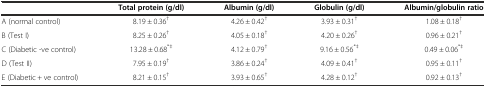
|  | Total protein (g/dl) | Albumin (g/dl) | Globulin (g/dl) | Albumin/globulin ratio |
 | --- | --- | --- | --- | --- |
 | A (normal control) | 8.19 ± 0.36† | 4.26 ± 0.42† | 3.93 ± 0.31† | 1.08 ± 0.18† |
 | B (Test I) | 8.25 ± 0.26† | 4.05 ± 0.18† | 4.20 ± 0.26† | 0.96 ± 0.21† |
 | C (Diabetic -ve control) | 13.28 ± 0.68*‡ | 4.12 ± 0.79† | 9.16 ± 0.56*‡ | 0.49 ± 0.06*‡ |
 | D (Test II) | 7.95 ± 0.19† | 3.86 ± 0.24† | 4.09 ± 0.41† | 0.95 ± 0.11† |
 | E (Diabetic + ve control) | 8.21 ± 0.15† | 3.93 ± 0.65† | 4.28 ± 0.12† | 0.92 ± 0.13† |